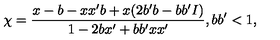
\chi = \frac { x - b - x x ^ { \prime } b + x ( 2 b ^ { \prime } b - b b ^ { \prime } I ) } { 1 - 2 b x ^ { \prime } + b b ^ { \prime } x x ^ { \prime } } , b b ^ { \prime } < 1 ,